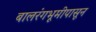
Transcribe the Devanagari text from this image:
बालरंगभूमीपासून